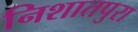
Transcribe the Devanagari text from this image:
निशातपुरा